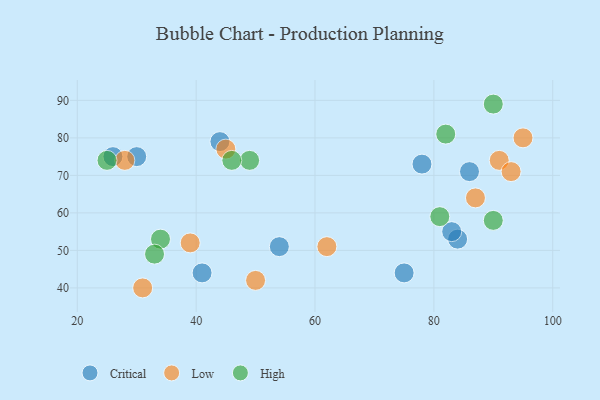
{"axis": {"x": "GDP", "y": "Life Expectancy"}, "legend": ["Critical", "High", "Low"], "data": [{"x": "54", "y": 51, "type": "Critical"}, {"x": "78", "y": 73, "type": "Critical"}, {"x": "41", "y": 44, "type": "Critical"}, {"x": "86", "y": 71, "type": "Critical"}, {"x": "30", "y": 75, "type": "Critical"}, {"x": "26", "y": 75, "type": "Critical"}, {"x": "44", "y": 79, "type": "Critical"}, {"x": "84", "y": 53, "type": "Critical"}, {"x": "75", "y": 44, "type": "Critical"}, {"x": "83", "y": 55, "type": "Critical"}, {"x": "91", "y": 74, "type": "Low"}, {"x": "50", "y": 42, "type": "Low"}, {"x": "39", "y": 52, "type": "Low"}, {"x": "95", "y": 80, "type": "Low"}, {"x": "45", "y": 77, "type": "Low"}, {"x": "28", "y": 74, "type": "Low"}, {"x": "87", "y": 64, "type": "Low"}, {"x": "31", "y": 40, "type": "Low"}, {"x": "62", "y": 51, "type": "Low"}, {"x": "93", "y": 71, "type": "Low"}, {"x": "34", "y": 53, "type": "High"}, {"x": "25", "y": 74, "type": "High"}, {"x": "90", "y": 89, "type": "High"}, {"x": "90", "y": 58, "type": "High"}, {"x": "49", "y": 74, "type": "High"}, {"x": "81", "y": 59, "type": "High"}, {"x": "46", "y": 74, "type": "High"}, {"x": "33", "y": 49, "type": "High"}, {"x": "82", "y": 81, "type": "High"}]}